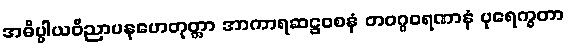
အဓိပ္ပါယဝိညာပနဟေတုတ္တာ အာကာရဆဋ္ဌဝစနံ တဝဂ္ဂဝရဏာနံ ပုရေက္ခတာ